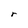
Character: r